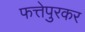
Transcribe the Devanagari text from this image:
फत्तेपुरकर